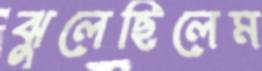
ঝুলেছিলেম